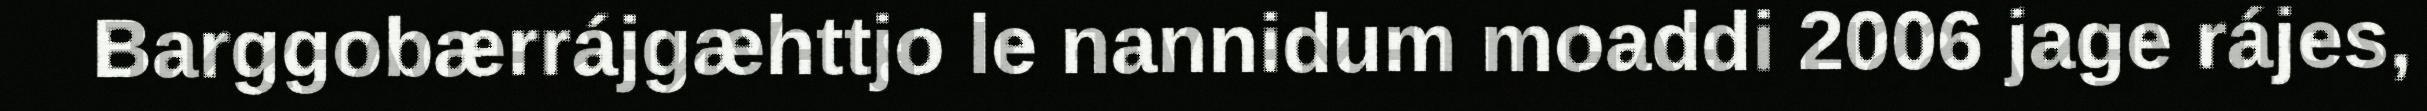
Barggobærrájgæhttjo le nannidum moaddi 2006 jage rájes,